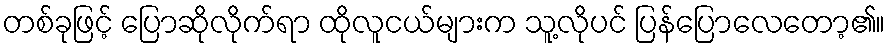
တစ်ခုဖြင့် ပြောဆိုလိုက်ရာ ထိုလူငယ်များက သူ့လိုပင် ပြန်ပြောလေတော့၏။